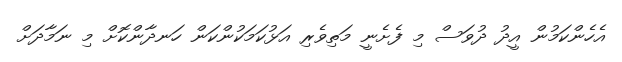
އެހެންކަމުން އީދު ދުވަސް މި ފެށެނީ މަތިވެރި އަޅުކަމަކުންކަން ހަނދާންކޮށް މި ނަމާދަށް